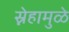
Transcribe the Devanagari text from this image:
स्नेहामुळे